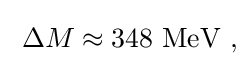
\;\Delta M\approx 348{\text{ MeV ,}}